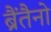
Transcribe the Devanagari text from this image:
ब्रैंतैनो